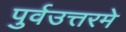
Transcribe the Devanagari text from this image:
पुर्वउत्तरमे